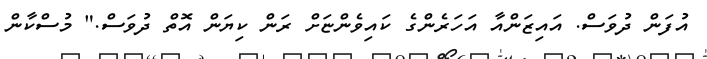
އުފަން ދުވަސް. އައިޒަންއާ އަހަރެންގެ ކައިވެންޏަށް ރަން ކިޔަން އޮތް ދުވަސް." މުސްކާން